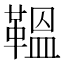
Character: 鞰